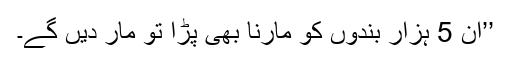
’’ان 5 ہزار بندوں کو مارنا بھی پڑا تو مار دیں گے۔